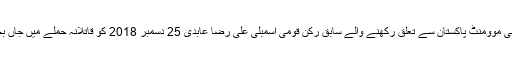
متحدہ قومی موومنٹ پاکستان سے تعلق رکھنے والے سابق رکن قومی اسمبلی علی رضا عابدی 25 دسمبر 2018 کو قاتلانہ حملے میں جاں بحق ہوئے۔